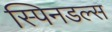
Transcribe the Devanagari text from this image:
स्पिनडल्स